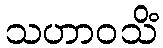
သဟာဝသိံ